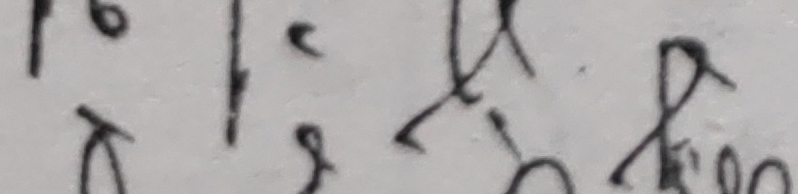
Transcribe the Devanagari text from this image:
१:२ लाई बर्‌गोस
कन्दै रेखोसी पुम्बल